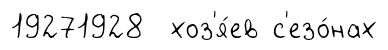
19271928 хоз'я́ев с'езо́нах